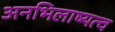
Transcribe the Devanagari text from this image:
अनभिलाष्यत्व